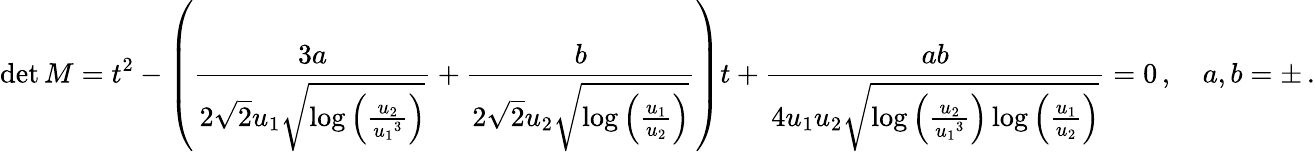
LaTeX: \operatorname*{det}M=t^{2}-\left(\frac{3a}{2\sqrt{2}{u_{1}}\sqrt{\log\left(\frac{{u_{2}}}{{u_{1}}^{3}}\right)}}+\frac{b}{2\sqrt{2}{u_{2}}\sqrt{\log\left(\frac{{u_{1}}}{{u_{2}}}\right)}}\right)t+\frac{ab}{4{u_{1}u_{2}}\sqrt{\log\left(\frac{{u_{2}}}{{u_{1}}^{3}}\right)\log\left(\frac{{u_{1}}}{{u_{2}}}\right)}}=0\, ,\quad a,b=\pm\, .